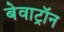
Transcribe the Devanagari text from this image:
बेवाट्रॉन